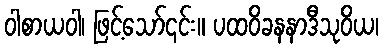
ဝါစာယဝါ၊ ဖြင့်သော်၎င်း။ ပထဝိခနနာဒီသုဝိယ၊